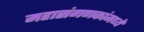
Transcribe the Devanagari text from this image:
महासंगणकांमध्ये